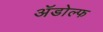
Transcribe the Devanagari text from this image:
ॲडोल्फ